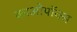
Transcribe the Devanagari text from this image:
काओपॉक्स